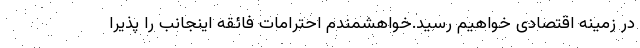
در زمینه اقتصادی خواهیم رسید.خواهشمندم احترامات فائقه اینجانب را پذیرا